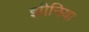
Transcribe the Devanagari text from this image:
झीनिया